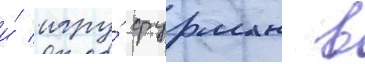
и́ игру́ фурман в